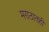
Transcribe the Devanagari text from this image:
मराठातही